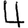
Digit: 4